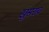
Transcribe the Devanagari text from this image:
खुसराव